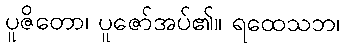
ပူဇိတော၊ ပူဇော်အပ်၏။ ရထေသဘ၊